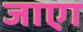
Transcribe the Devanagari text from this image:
जाएा